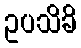
ဥပသိခိ